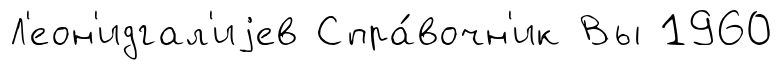
Л'еон'идгал'иjев Спра́вочн'ик Вы 1960